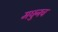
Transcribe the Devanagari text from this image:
मधुनच